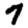
Digit: 7